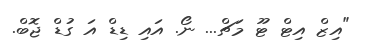
"އިޒް އިޓް ޓޫ މަޗް... ނޯ. އައި ޑިޑް އަ ގުޑް ޖޮބް.